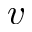
v